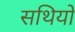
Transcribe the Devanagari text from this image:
सथियों